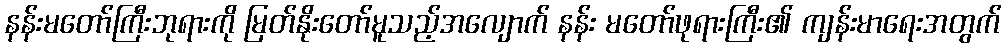
နန်းမတော်ကြီးဘုရားကို မြတ်နိုးတော်မူသည့်အလျောက် နန်း မတော်ဖုရားကြီး၏ ကျန်းမာရေးအတွက်